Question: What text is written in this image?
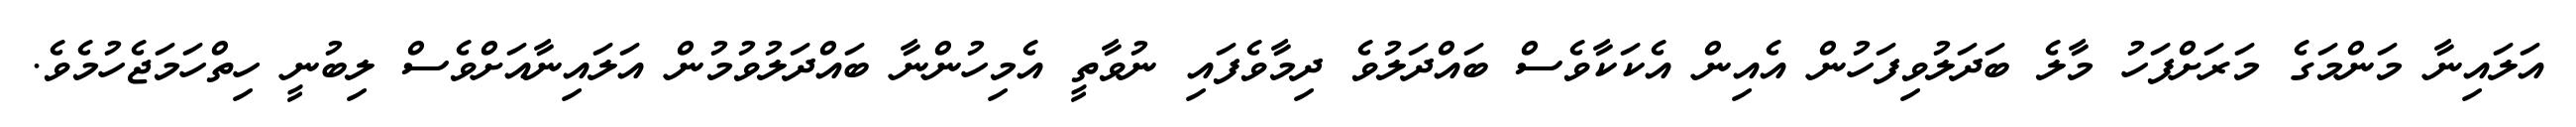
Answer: އަލައިނާ މަންމަގެ މަރަށްފަހު މާލެ ބަދަލުވިފަހުން އެއިން އެކަކާވެސް ބައްދަލުވެ ދިމާވެފައި ނުވާތީ އެމިހުންނާ ބައްދަލުވުމުން އަލައިނާއަށްވެސް ލިބުނީ ހިތްހަމަޖެހުމެވެ.